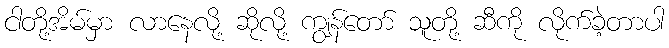
ငါတို့အိမ်မှာ လာနေလို့ ဆိုလို့ ကျွန်တော် သူတို့ ဆီကို လိုက်ခဲ့တာပါ